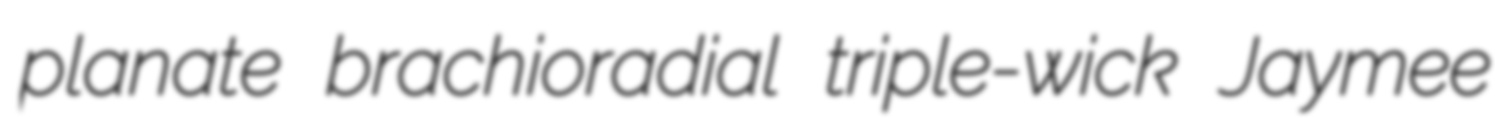
planate brachioradial triple-wick Jaymee